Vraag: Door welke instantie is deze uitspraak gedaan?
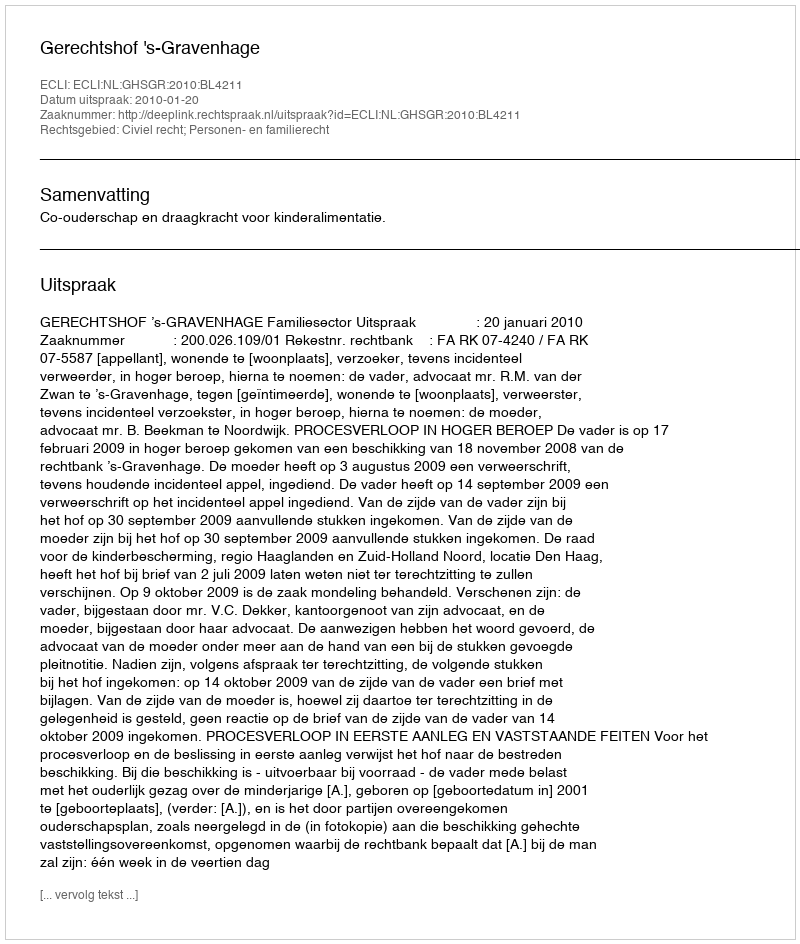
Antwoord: Gerechtshof 's-Gravenhage